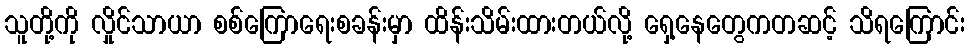
သူတို့ကို လှိုင်သာယာ စစ်ကြောရေးစခန်းမှာ ထိန်းသိမ်းထားတယ်လို့ ရှေ့နေတွေကတဆင့် သိရကြောင်း